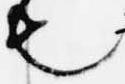
也